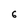
Character: 6